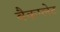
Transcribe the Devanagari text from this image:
बैकप्लेट